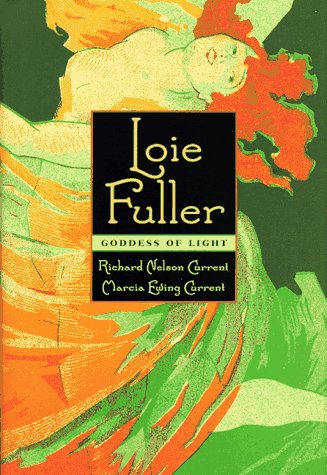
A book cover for Loie Fuller: Goddess of Light; Richard Nelson Current; Biographies & Memoirs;